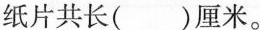
纸片共长( )厘米。